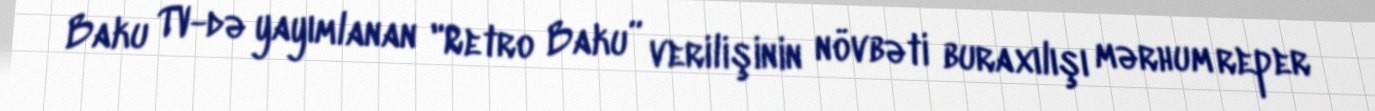
Baku TV-də yayımlanan "Retro Baku” verilişinin növbəti buraxılışı mərhum reper